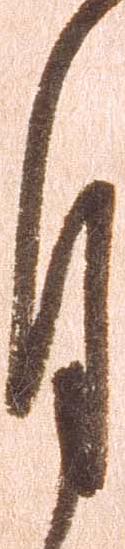
月